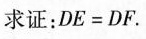
求证：DE=DF.